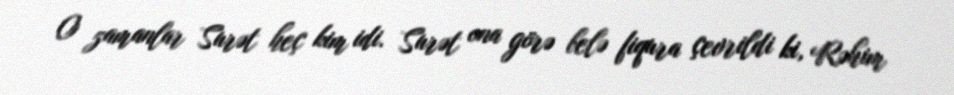
O zamanlar Surət heç kim idi. Surət ona görə belə fiqura çevrildi ki, Rəhim